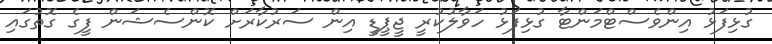
ގުޅިފަޅު އިންވެސްޓްމަންޓާ ގުޅިފަޅު ހަވާލުކުރީ ޖީޕީޑީ އިން ސަރުކާރަށް ކޮންސެޝަން ފީގެ ގޮތުގައި